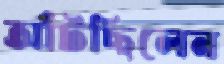
আঁটছিলেন